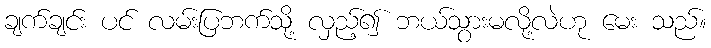
ချက်ချင်း ပင် လမ်းပြဘက်သို့ လှည့်၍ ဘယ်သွားမလို့လဲဟု မေး သည်။